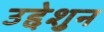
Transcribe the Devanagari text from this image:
उद्देशुन